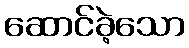
ဆောင်ခဲ့သော